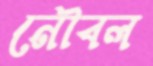
নৌবল